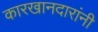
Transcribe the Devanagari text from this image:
कारखानदारांनी